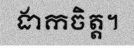
ងាកចិត្ត។